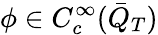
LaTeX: \phi\in C_{c}^{\infty}(\bar{Q}_{T})